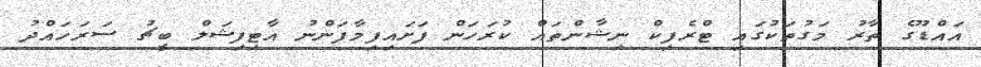
އައްޑޫގެ ތާރު މަގުތަކުގައި ޓްރެފިކް ނިޝާންތައް ކުރަހަން ފަށައިފިމާފަންނު އާޓިފިޝަލް ބީޗު ސަރަހައްދު